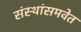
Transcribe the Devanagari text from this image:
संस्थांसमवेत